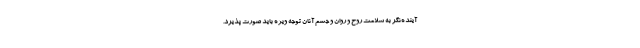
آینده‌نگر به سلامت روح و روان و جسم آنان توجه ویژه باید صورت پذیرد.